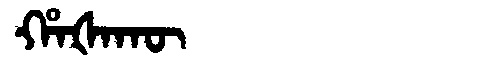
Manchu: ᡥᠠᡧᠠᡴᡡ
Romanization: HAŠAKŪ